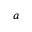
a